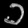
Digit: ၁